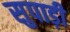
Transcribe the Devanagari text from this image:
सुपाड़ी